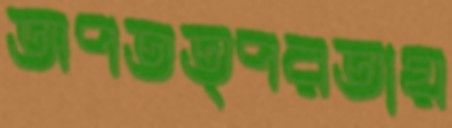
অপতত্পরতায়